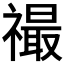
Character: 𬓙